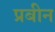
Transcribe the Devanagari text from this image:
प्रबीन